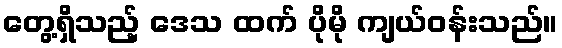
တွေ့ရှိသည့် ဒေသ ထက် ပိုမို ကျယ်ဝန်းသည်။